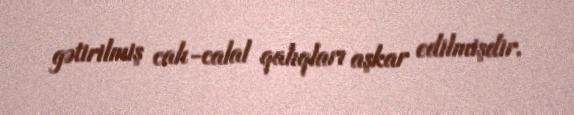
gətirilmiş cah-calal qalıqları aşkar edilmişdir.